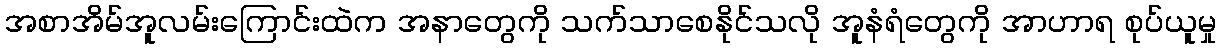
အစာအိမ်အူလမ်းကြောင်းထဲက အနာတွေကို သက်သာစေနိုင်သလို အူနံရံတွေကို အာဟာရ စုပ်ယူမှု